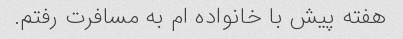
هفته پیش با خانواده ام به مسافرت رفتم.